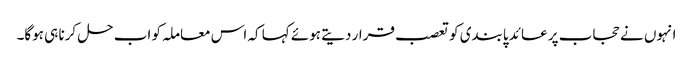
انہوں نے حجاب پر عائد پابندی کو تعصب قرار دیتے ہوئے کہا کہ اس معاملہ کو اب حل کرنا ہی ہوگا۔